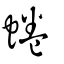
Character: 蜷